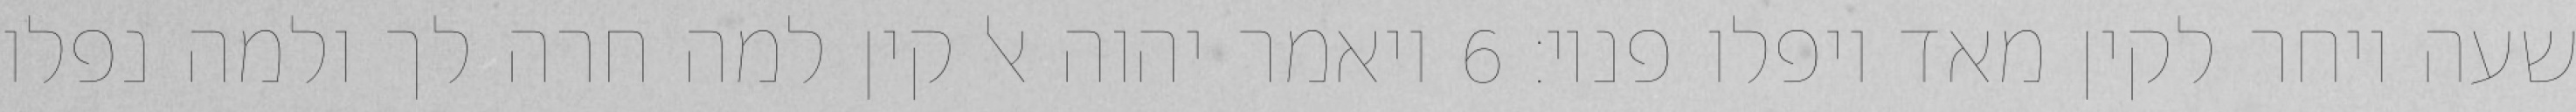
שעה ויחר לקין מאד ויפלו פניו׃ ‎6‏ ויאמר יהוה אל קין למה חרה לך ולמה נפלו